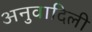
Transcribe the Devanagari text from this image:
अनुवादिली